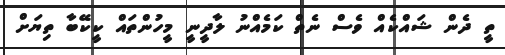
ތީ ދެން ޝައްކެއް ވެސް ނެތް ކަމެއްނު ލާދީނީ މީހުންތައް ކީކޭބާ ތިޔަށް